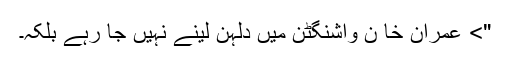
"> عمران خا ن واشنگٹن میں دلہن لینے نہیں جا رہے بلکہ۔